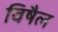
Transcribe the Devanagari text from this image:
विषैल